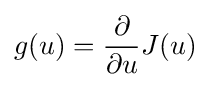
g(u)={\frac {\partial }{\partial u}}J(u)